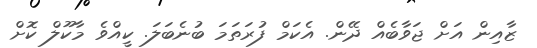
ޒާއިން އަށް ޖަވާބެއް ދޭން. އެކަމް ފުރަތަމަ ބުނެބަލަ. ކީއްވެ މާކޫލް ކޮށް